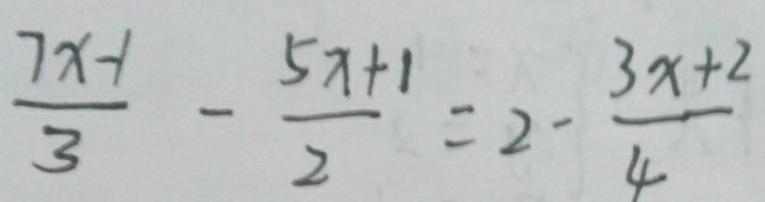
\frac { 7 x - 1 } { 3 } - \frac { 5 x + 1 } { 2 } = 2 - \frac { 3 x + 2 } { 4 }